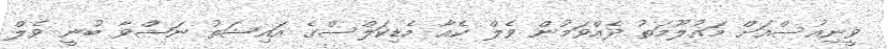
ވީނިއުސްއަށް މައުލޫމަތު ދެއްވަމުން ވެލް ކެއާ މެޑިކަލްސްގެ އައިޝަތު ނަޝްވާ ބުނީ ވެލް